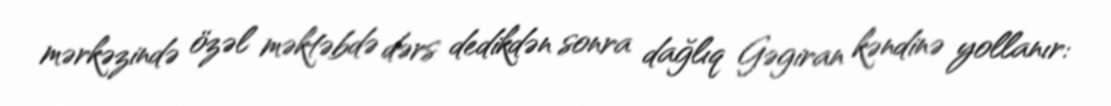
mərkəzində özəl məktəbdə dərs dedikdən sonra dağlıq Gəgiran kəndinə yollanır: